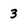
Character: 3